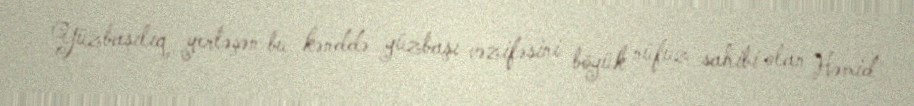
Yüzbaşılıq yerləşən bu kənddə yüzbaşı vəzifəsini böyük nüfuz sahibi olan Həmid